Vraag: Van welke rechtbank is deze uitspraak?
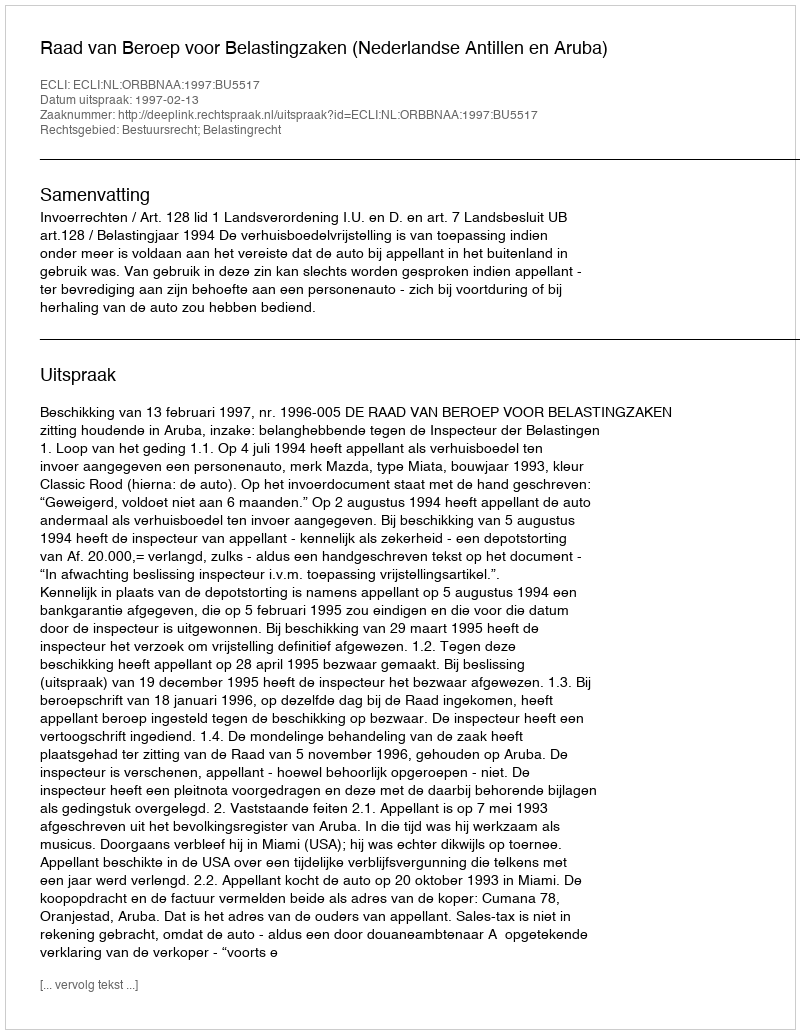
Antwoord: Raad van Beroep voor Belastingzaken (Nederlandse Antillen en Aruba)